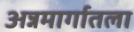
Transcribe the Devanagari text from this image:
अन्नमार्गातला